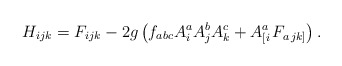
\begin{align*}H_{ijk}=F_{ijk}-2g\left( f_{abc}A_{i}^{a}A_{j}^{b}A_{k}^{c}+A_{\left[i\right. }^{a}F_{a\left. jk\right] }\right) . \end{align*}